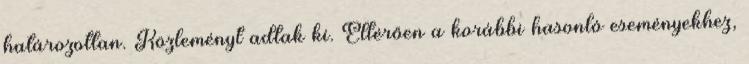
határozottan. Közleményt adtak ki. Eltérően a korábbi hasonló eseményekhez,